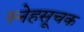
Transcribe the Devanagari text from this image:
स्नेहसूचक